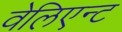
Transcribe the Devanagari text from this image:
वेलिएन्ट